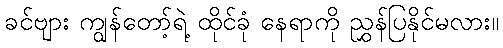
ခင်ဗျား ကျွန်တော့်ရဲ့ ထိုင်ခုံ နေရာကို ညွှန်ပြနိုင်မလား။